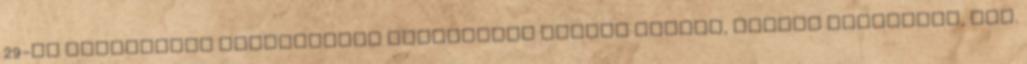
29-én pártfogója javaslatára eljegyezte Enyedi Máriát, Enyedi Sámuelnek, III.